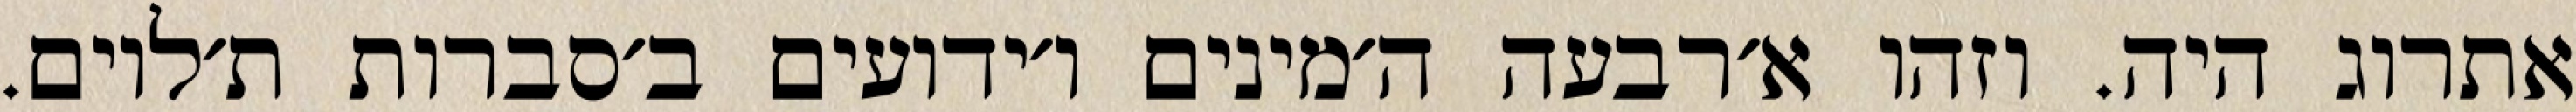
אתרוג היה. וזהו א׳רבעה ה׳מינים ו׳ידועים ב׳סברות ת׳לוים.